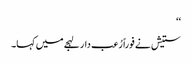
‘‘
ستیش نے فوراً رُعب دار لہجے میں کہا۔